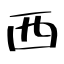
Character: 西